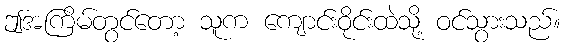
ဤအကြိမ်တွင်တော့ သူက ကျောင်းဝိုင်းထဲသို့ ဝင်သွားသည်။